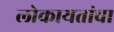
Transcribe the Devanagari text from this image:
लोकायतांचा